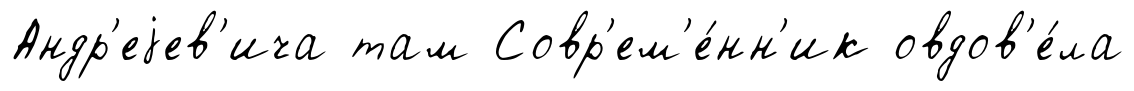
Андр'еjев'ича там Совр'ем'е́нн'ик овдов'е́ла